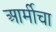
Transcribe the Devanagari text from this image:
आर्मीचा